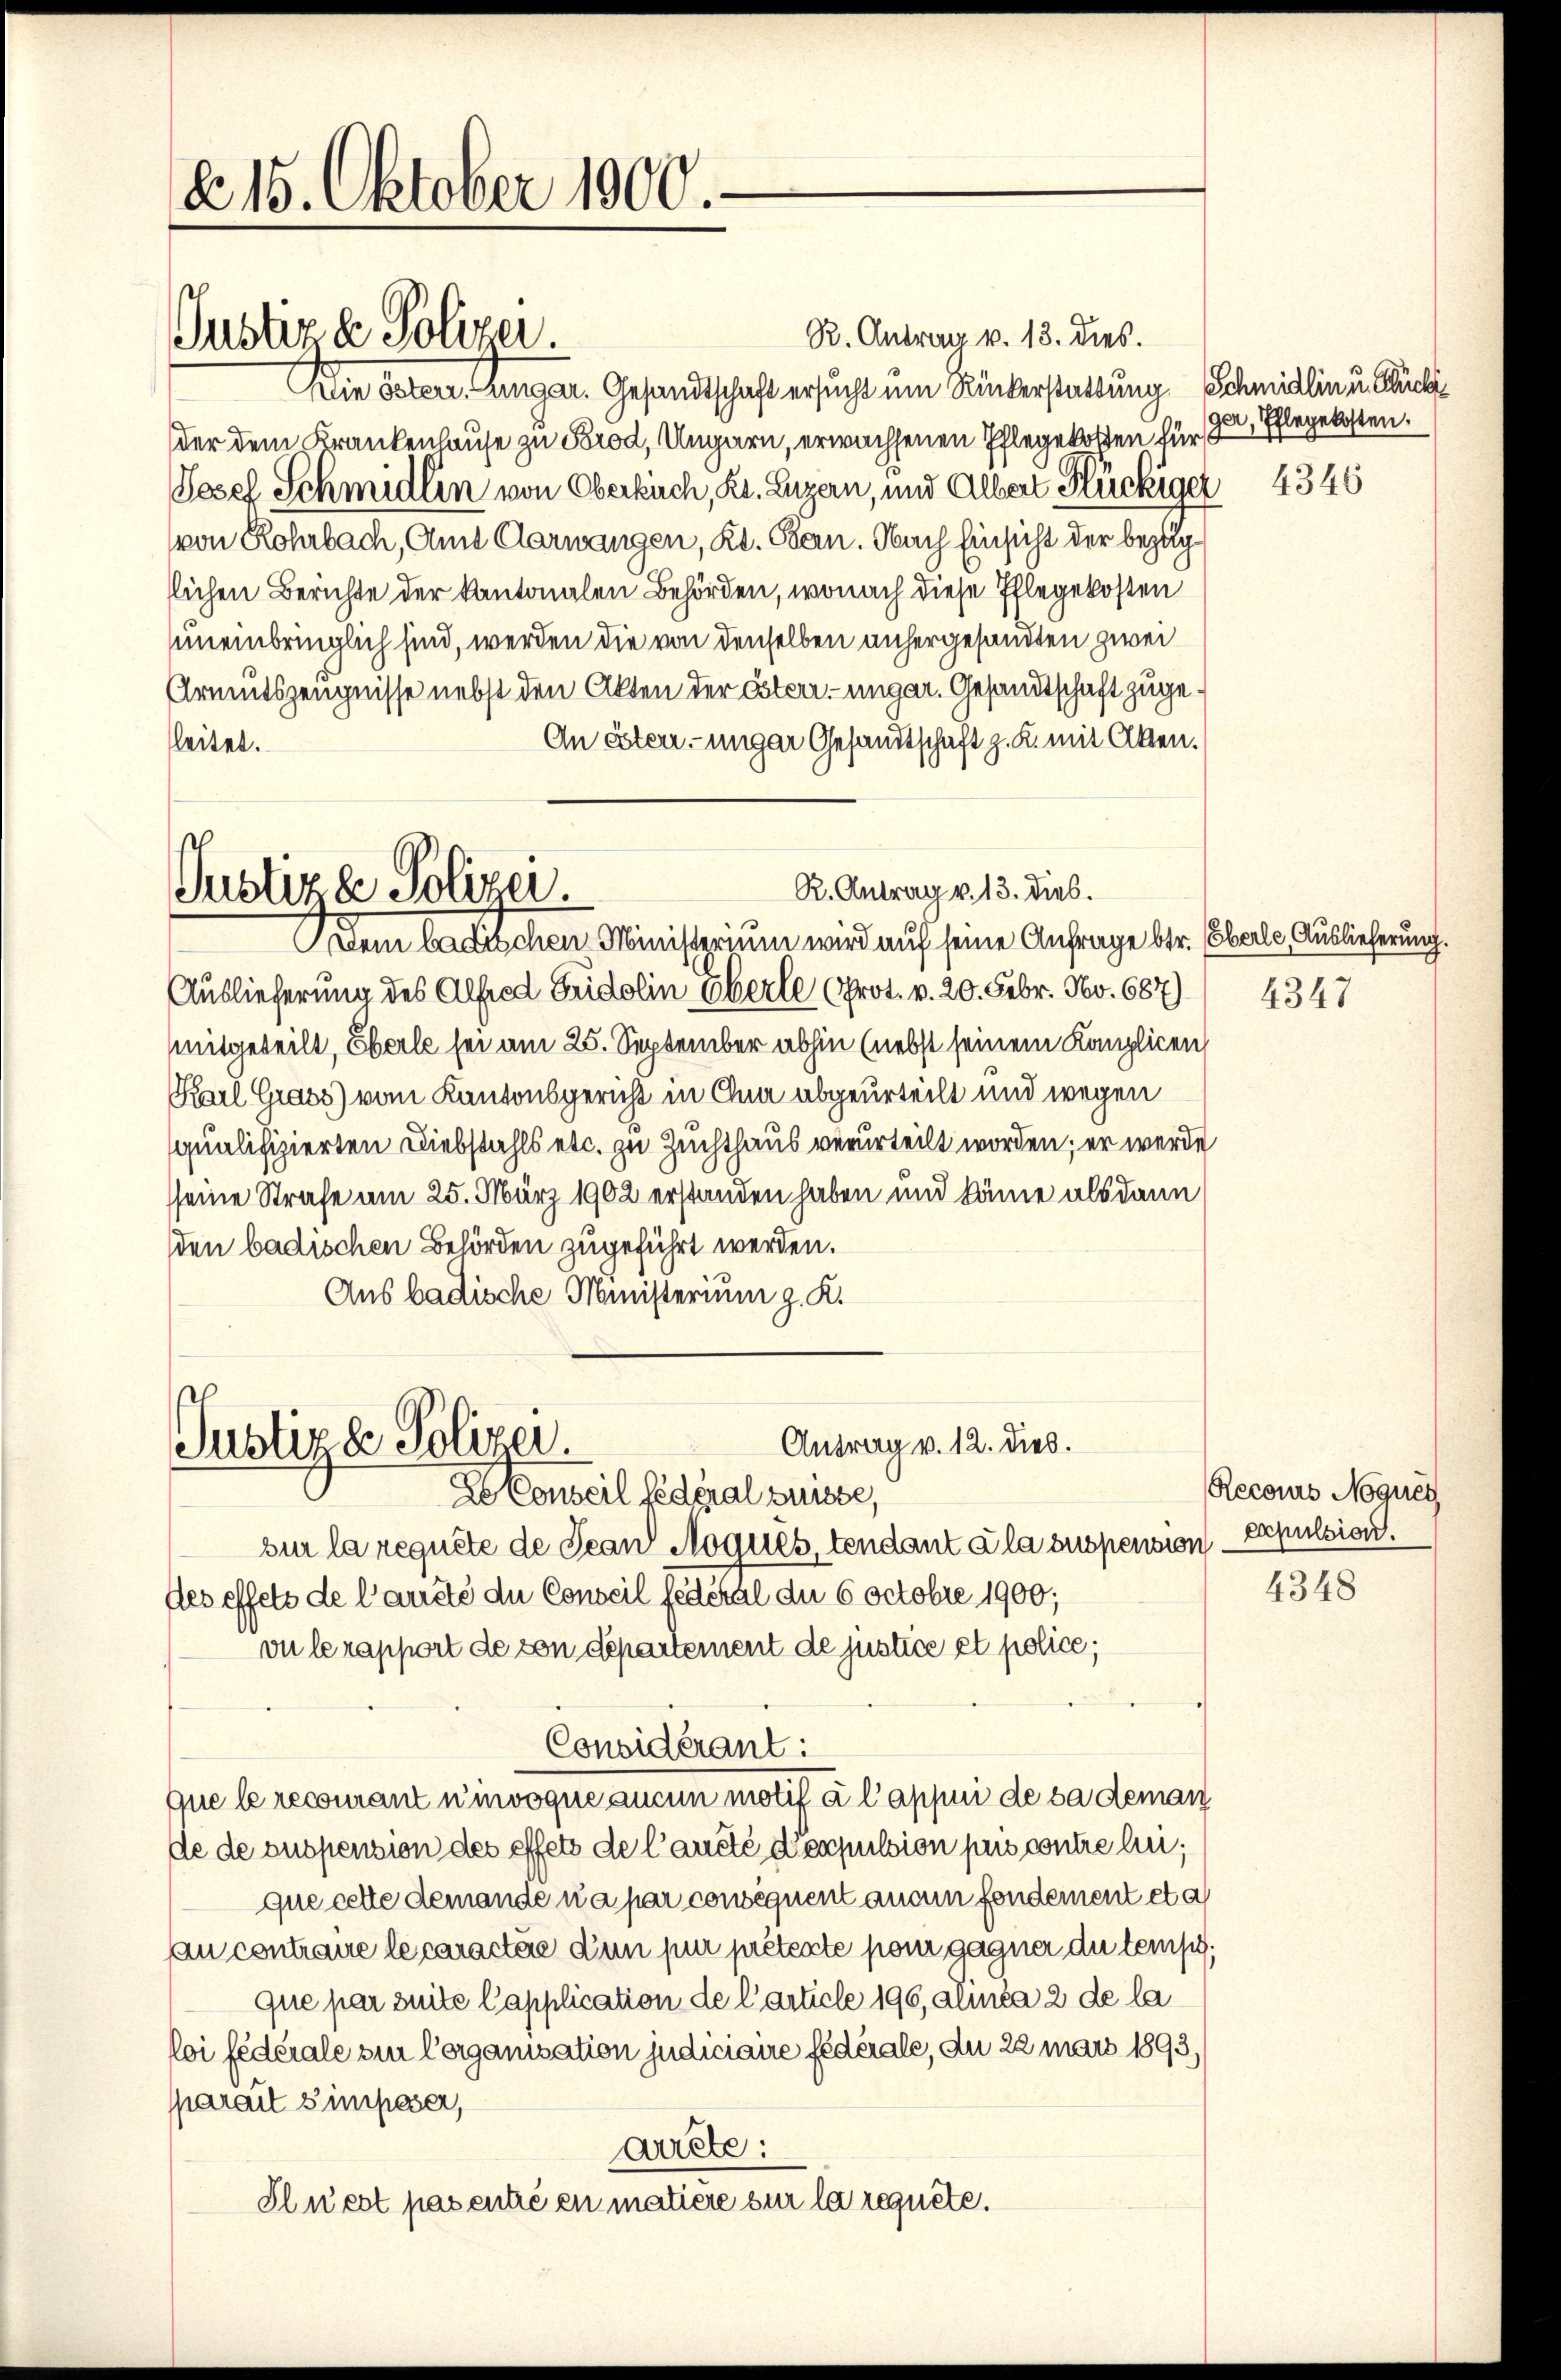
a 15. Oktober 1900.

Justiz & Polizei.

Justiz & Polizei.
Dein badischen Ministerium wird auf seine Anfrage betr. (Oberle, Auslieferung.

R. Antrag v. 13. dies.
Die östere ungar. Gesandtschaft ersucht ein Rückerstattung Schmidlin u. Bick
der dem Krankenhause zu Prod, Ungarn, erwachsenen Pflegekosten für
Vesel Schmidlin von Oberkirch, Kt. Luzern, und Albert Rückiger
von Rohrbach, Amt Carwangen, Kt. Bern. Nach Einsicht der bezug
llichen Berichte der kantonalen Behörden, wonach diese Pflegekosten
uneinbringlich sind, werden die von denselben anhergesandten zwei
Armutszeugnisse nebst den Akten der Esterr.-ungar. Gesandtschaft zuge¬
An Ester unger Gesamtschaft z. R. mit Akten.
leitet.
Auslieferung des Alfred Guidolin Oberle (Prot. v. 20. Febr. No. 687)
mitgeteilt, Eberle sei am 25. September abhin (nebst seinem Kanzlicen
Karl Grass) vom Kantonsgericht in Gna abgeurteilt und wegen
qualifizierten Diebstahls etc. zu Zuchthaus verurteilt worden; er werde
sseine Strafe am 25. März 1902 erstanden haben und könne als dann
den badischen Behörden zugeführt werden.
Aus badische Ministerium z. K.
Antrag v. 12. dies.
Justiza Polizei.
de Conseil fédéral Suisse,
sur la requête de Jean Moques, tendant à la suspension expulsion.
des effets de l’arrête die Conseil fédéral du 6 Octobre 1900;
vu lerapport de von departement de justice et police,
Considérant:
que le recourant einvoque au moti a lappei de sa deman
de de suspension des effets de l’aucté depulsion pus contre lui,
que cette demande n’a par consequent anein fondernent et a
au contraue le caractée d’un pur prétente pour gagner du temps,
que par suite Capplication de l’article 196, aunca 2 de la
loi fédérale sin Corganisation judiciaire fédérale, du 22 mars 1893,
parait simposer,
arrete:
Slüest pas entré en matière sur la requete.

R. Antrag v. 13. dies.

ger, Pflegekosten.

4346

4347

Recours Nogues

4348